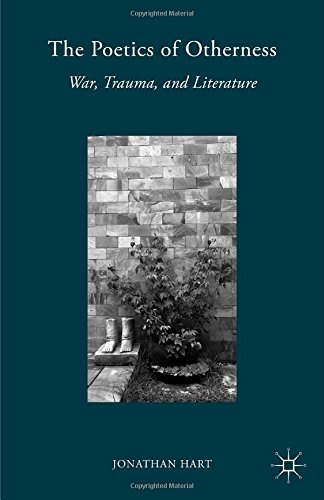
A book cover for The Poetics of Otherness: War, Trauma, and Literature; Jonathan Hart; Gay & Lesbian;